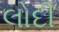
લોદી